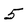
Character: 5